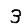
Digit: 3